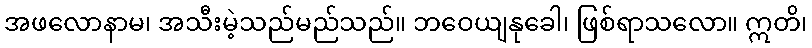
အဖလောနာမ၊ အသီးမဲ့သည်မည်သည်။ ဘဝေယျနုခေါ၊ ဖြစ်ရာသလော။ ဣတိ၊